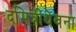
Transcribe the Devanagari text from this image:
दमित्रीयेवना